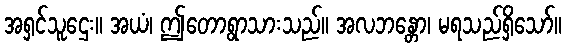
အရှင်သူဌေး။ အယံ၊ ဤတောရွာသားသည်။ အလဘန္တော၊ မရသည်ရှိသော်။